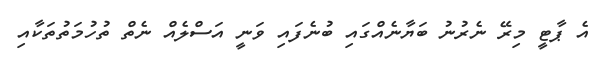
އެ ޕާޓީ މިރޭ ނެރުނު ބަޔާނެއްގައި ބުނެފައި ވަނީ އަސްލެއް ނެތް ތުހުމަތުތަަކާއި